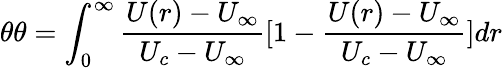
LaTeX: \theta\theta=\int_{0}^{\infty}\frac{U(r)-U_{\infty}}{U_{c}-U_{\infty}}[1-\frac{U(r)-U_{\infty}}{U_{c}-U_{\infty}}]dr